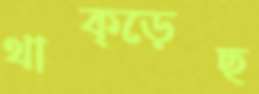
থাক্‌ড়েছ